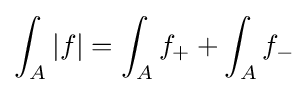
\int _{A}|f|=\int _{A}f_{+}+\int _{A}f_{-}